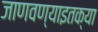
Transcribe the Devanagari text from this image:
जाणवण्याइतक्या